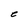
Character: C